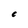
Character: c